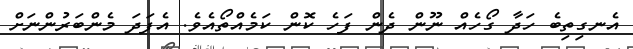
އެނގިތިބެ ހަދާ ގޯހެއް ނޫން ދެން ފަހެ ކޮން ކަމެއްތޯއެވެ. އެފަދަ މެންބަރުންނަށް